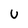
Character: u